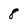
Character: 8